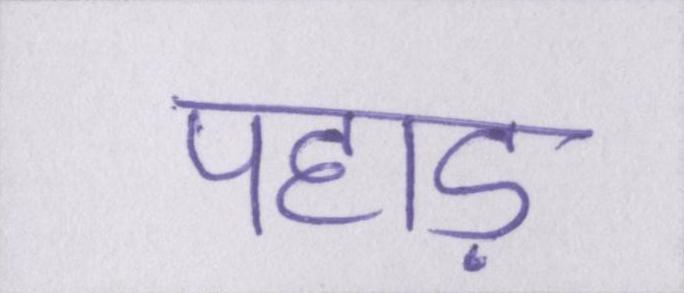
पहाड़